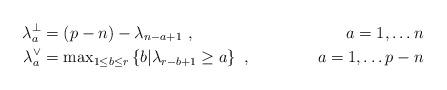
LaTeX: \begin{align*}\lambda_a^\perp&=(p-n)-\lambda_{n-a+1}\ ,&a=1,\dots n\\ \lambda_a^\vee&=\mathrm{max}_{1\leq b\leq r}\left\{b|\lambda_{r-b+1}\geq a\right\}\ ,&a=1,\dots p-n\end{align*}